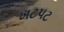
ખટપટ